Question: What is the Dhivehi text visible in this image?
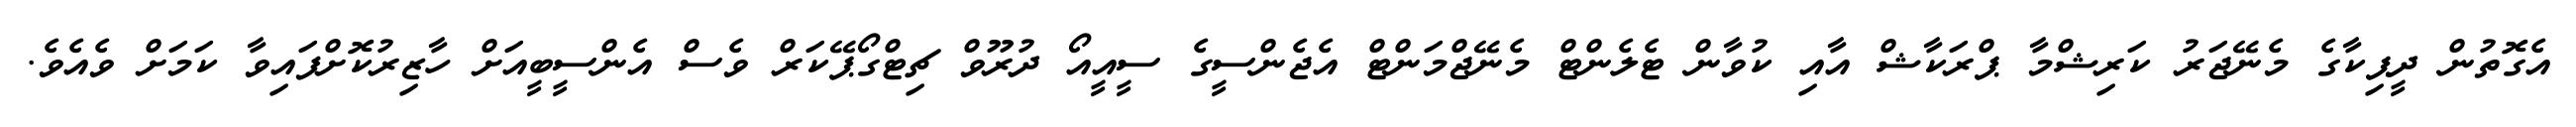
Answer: އެގޮތުން ދީޕިކާގެ މެނޭޖަރު ކަރިޝްމާ ޕްރަކާޝް އާއި ކުވާން ޓެލެންޓް މެނޭޖްމަންޓް އެޖެންސީގެ ސީއީއޯ ދުރޫވް ޗިޓްގޯޕޭކަރް ވެސް އެންސީބީއަށް ހާޒިރުކޮށްފައިވާ ކަމަށް ވެއެވެ.